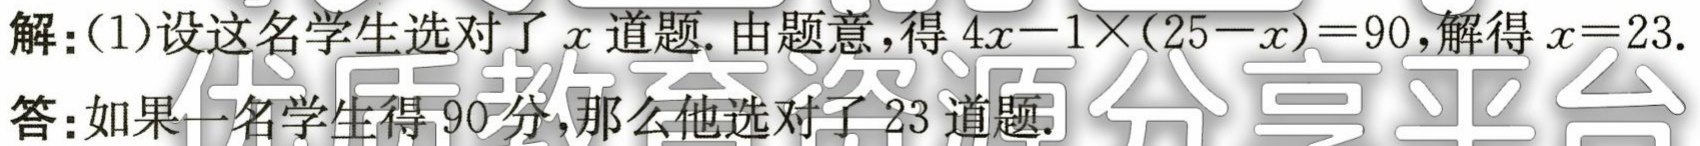
解：(1)设这名学生选对了\(x\)道题. 由题意，得\(4x - 1\times(25 - x) = 90\)，解得\(x = 23\).

答：如果一名学生得\(90\)分，那么他选对了\(23\)道题.